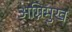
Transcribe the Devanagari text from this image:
अग्निमुख